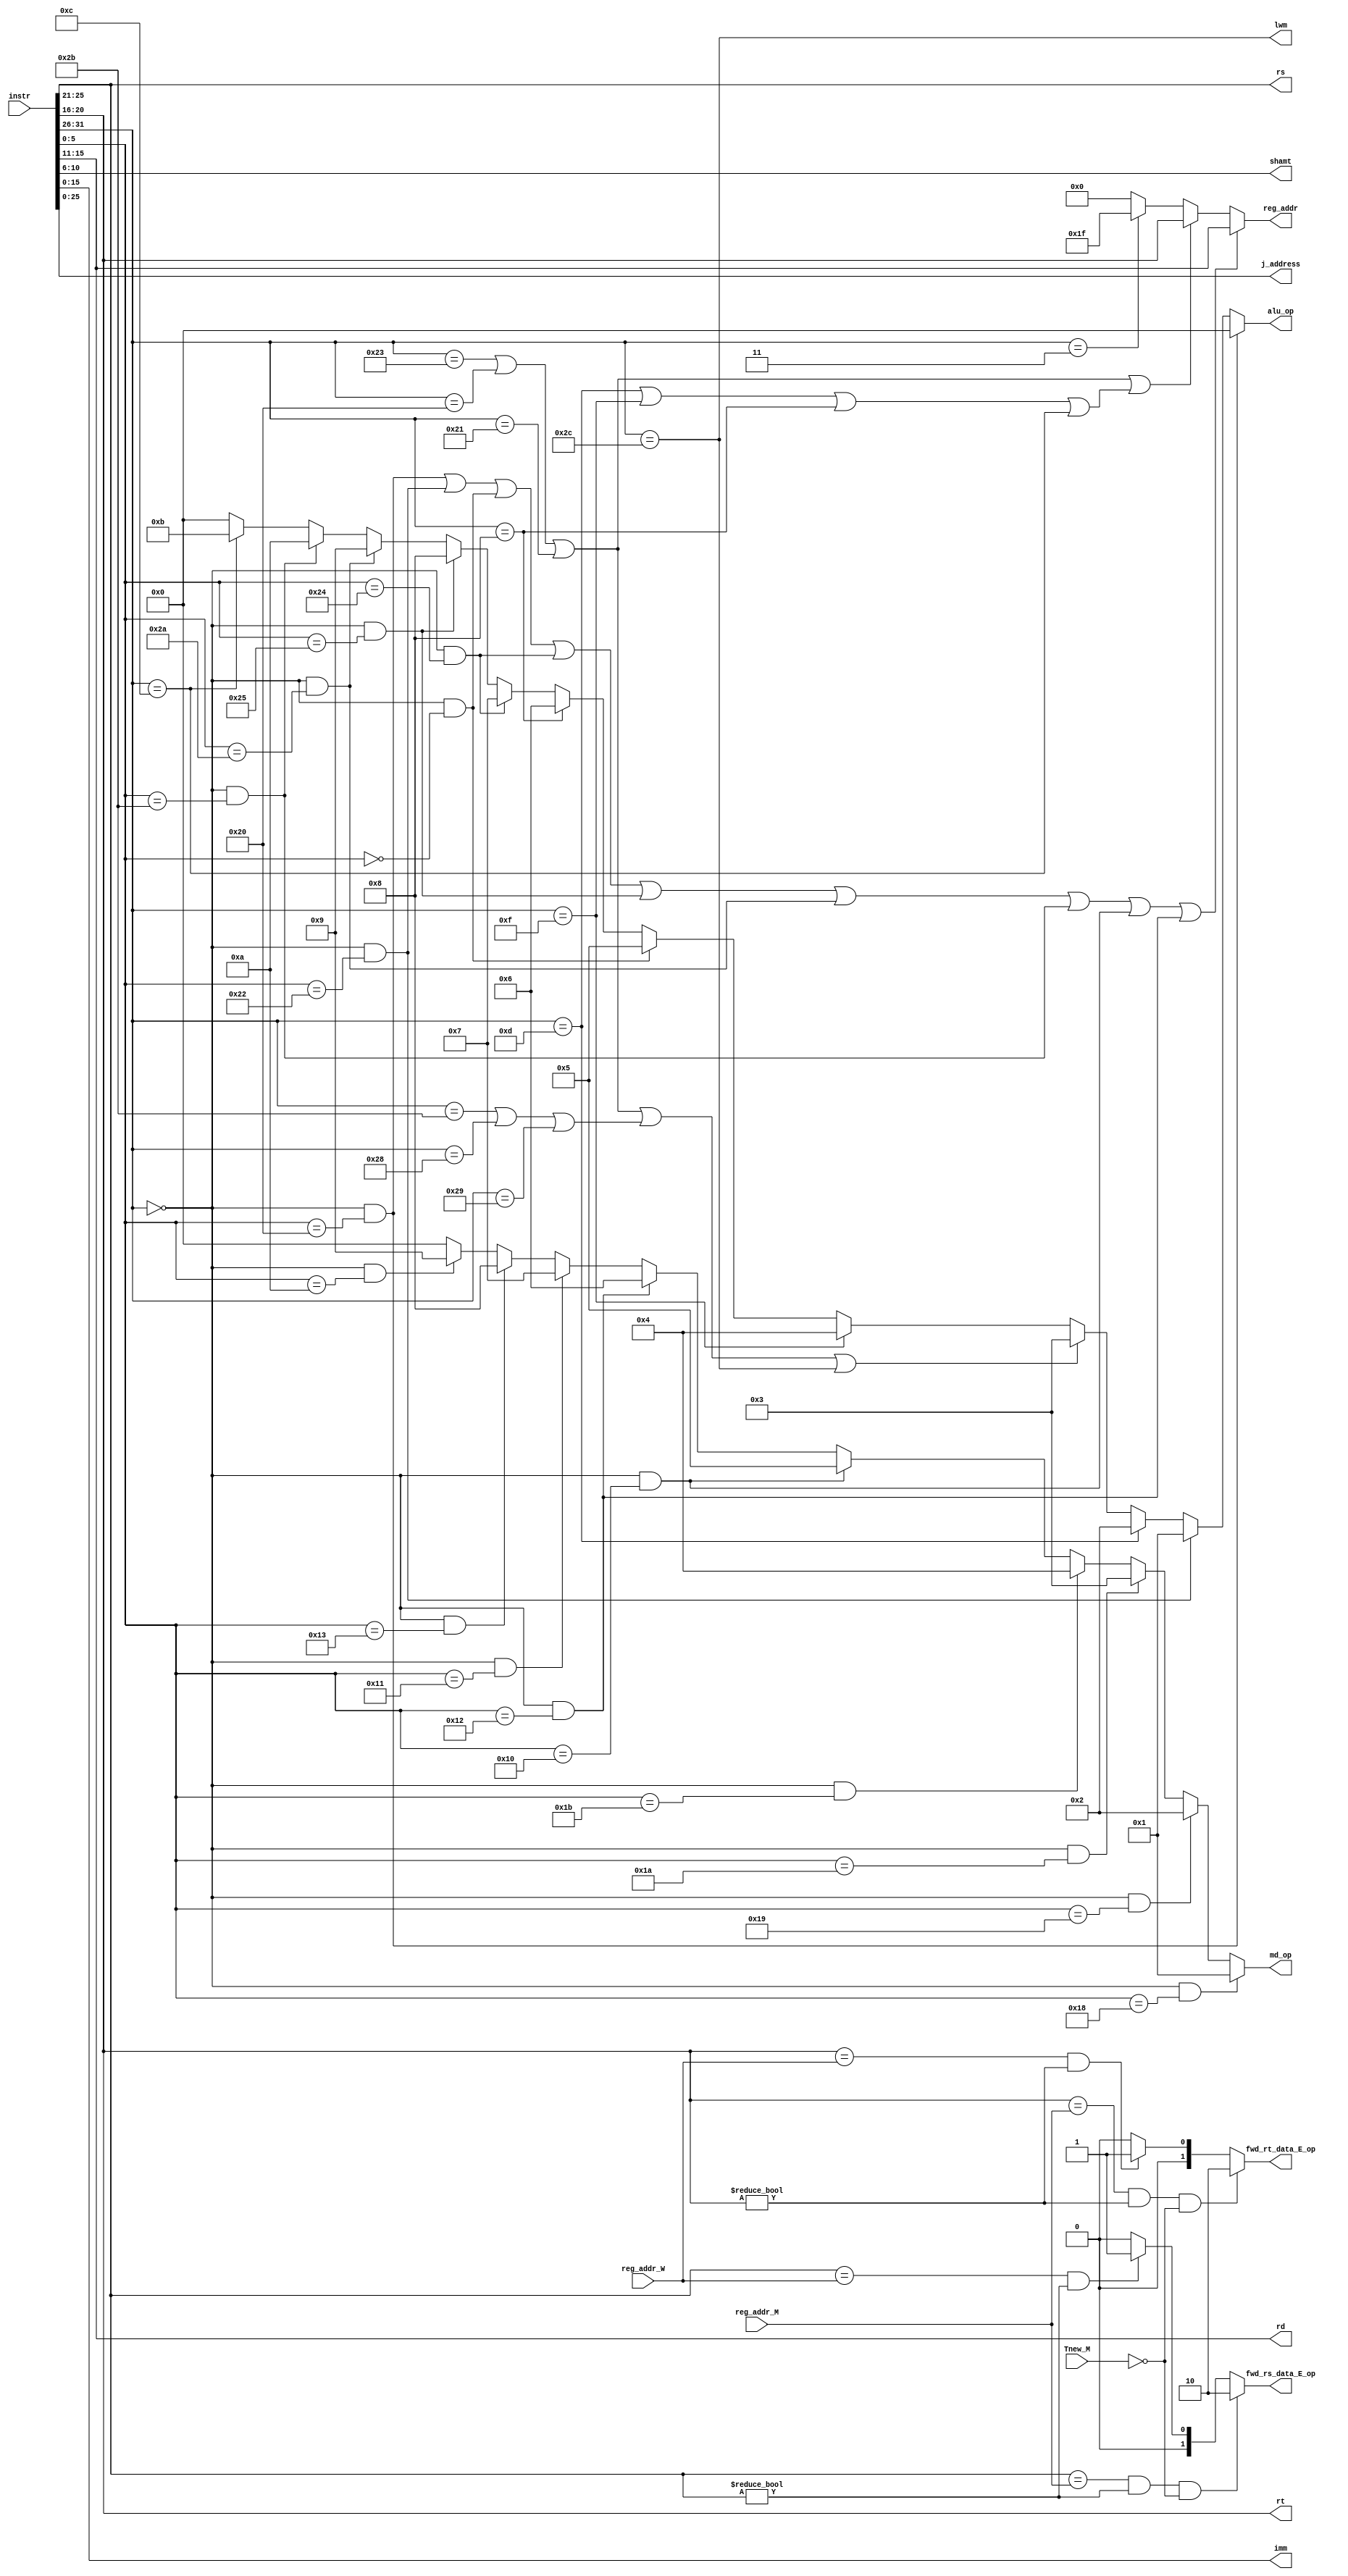
module CU_E (
    input [31:0] instr,

    output [25:21] rs,
    output [20:16] rt,
    output [15:11] rd,
    output [ 10:6] shamt,
    output [ 15:0] imm,
    output [ 25:0] j_address,

    output reg [3:0] alu_op,  //alu
    output reg [3:0] md_op,   //md

    output reg [4:0] reg_addr,  //

    input [4:0] reg_addr_M,
    input [4:0] reg_addr_W,
    input [1:0] Tnew_M,

    output reg [1:0] fwd_rs_data_E_op,
    output reg [1:0] fwd_rt_data_E_op,

    output lwm
);
    wire [5:0] op = instr[31:26];
    assign rs    = instr[25:21];
    assign rt    = instr[20:16];
    assign rd    = instr[15:11];
    assign shamt = instr[10:6];
    wire [5:0] func = instr[5:0];
    assign imm       = instr[15:0];
    assign j_address = instr[25:0];

    wire R = (op == 6'b000000);

    wire add = R & (func == 6'b100000);
    wire sub = R & (func == 6'b100010);
    wire jr = R & (func == 6'b001000);
    wire sll = R & (func == 6'b000000);

    wire ori = (op == 6'b001101);
    wire lw = (op == 6'b100011);
    wire sw = (op == 6'b101011);
    wire beq = (op == 6'b000100);
    wire lui = (op == 6'b001111);
    wire jal = (op == 6'b000011);

    //P6
    wire instr_and = R & (func == 6'b100100);
    wire instr_or = R & (func == 6'b100101);
    wire slt = R & (func == 6'b101010);
    wire sltu = R & (func == 6'b101011);

    wire andi = (op == 6'b001100);
    wire addi = (op == 6'b001000);
    wire lb = (op == 6'b100000);
    wire lh = (op == 6'b100001);
    wire sb = (op == 6'b101000);
    wire sh = (op == 6'b101001);

    wire bne = (op == 6'b000101);

    wire mult = R & (func == 6'b011000);
    wire multu = R & (func == 6'b011001);
    wire div = R & (func == 6'b011010);
    wire divu = R & (func == 6'b011011);

    wire mfhi = R & (func == 6'b010000);
    wire mflo = R & (func == 6'b010010);
    wire mthi = R & (func == 6'b010001);
    wire mtlo = R & (func == 6'b010011);

    wire bds = R & (func == 6'b001010);

    assign lwm = (op == 6'b101100);

    wire btheq = (op == 6'b101111);

    //
    wire cal_r = (add | sub | sll | instr_and | instr_or | slt | sltu);
    wire cal_i = (ori | lui | addi | andi);
    wire load = (lw | lb | lh);
    wire store = (sw | sb | sh);
    wire md = (mult | multu | div | divu | bds);

    always @(*) begin
        //alu_op
        if (add) alu_op = 4'd0;
        else if (sub) alu_op = 4'd1;
        else if (ori) alu_op = 4'd2;
        else if (load | store | lwm) alu_op = 4'd3;
        else if (lui) alu_op = 4'd4;
        else if (sll) alu_op = 4'd5;
        else if (addi) alu_op = 4'd6;
        else if (instr_and) alu_op = 4'd7;
        else if (instr_or) alu_op = 4'd8;
        else if (slt) alu_op = 4'd9;
        else if (sltu) alu_op = 4'd10;
        else if (andi) alu_op = 4'd11;
        else alu_op = 4'd0;

        //md_op
        if (mult) md_op = 4'd1;
        else if (multu) md_op = 4'd2;
        else if (div) md_op = 4'd3;
        else if (divu) md_op = 4'd4;
        else if (mfhi) md_op = 4'd5;
        else if (mflo) md_op = 4'd6;
        else if (mthi) md_op = 4'd7;
        else if (mtlo) md_op = 4'd8;
        else if (bds) md_op = 4'd9;
        else md_op = 4'd0;

        //reg_addr 
        if (cal_r | mfhi | mflo) reg_addr = rd;  //rd
        else if (load | cal_i) reg_addr = rt;  //rt
        else if (jal) reg_addr = 5'd31;  //$ra $31
        else reg_addr = 5'd0;  //$0

        /********* forward ***********************/
        if (rs == reg_addr_M & rs != 5'd0 & Tnew_M == 2'b00) fwd_rs_data_E_op = 2'd2;
        else if (rs == reg_addr_W & rs != 5'd0) fwd_rs_data_E_op = 2'd1;
        else fwd_rs_data_E_op = 2'd0;

        if (rt == reg_addr_M & rt != 5'd0 & Tnew_M == 2'b00) fwd_rt_data_E_op = 2'd2;
        else if (rt == reg_addr_W & rt != 5'd0) fwd_rt_data_E_op = 2'd1;
        else fwd_rt_data_E_op = 2'd0;
    end
endmodule